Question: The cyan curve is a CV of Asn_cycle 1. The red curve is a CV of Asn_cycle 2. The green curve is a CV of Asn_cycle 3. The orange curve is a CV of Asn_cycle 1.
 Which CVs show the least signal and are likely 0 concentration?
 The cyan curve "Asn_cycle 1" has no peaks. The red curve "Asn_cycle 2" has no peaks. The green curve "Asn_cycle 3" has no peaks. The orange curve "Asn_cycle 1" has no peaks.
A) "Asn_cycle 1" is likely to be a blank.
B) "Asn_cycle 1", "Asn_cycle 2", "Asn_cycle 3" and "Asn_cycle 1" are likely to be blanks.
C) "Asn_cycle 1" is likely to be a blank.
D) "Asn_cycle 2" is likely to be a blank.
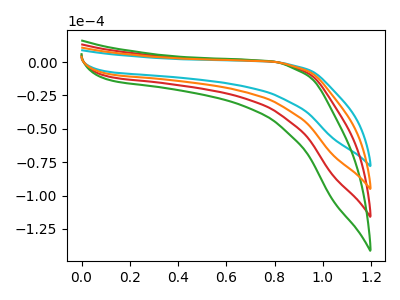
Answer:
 <answer>B) "Asn_cycle 1", "Asn_cycle 2", "Asn_cycle 3" and "Asn_cycle 1" are likely to be blanks.</answer>
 <eval>B</eval>